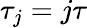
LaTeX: \tau_{j}=j\tau